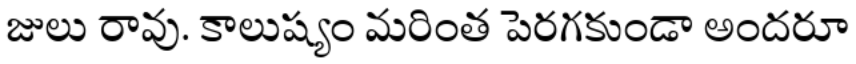
జులు రావు. కాలుష్యం మరింత పెరగకుండా అందరూ